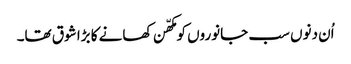
اُن دنوں سب جانوروں کو مکھّن کھانے کا بڑا شوق تھا۔